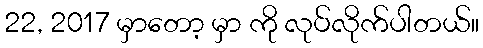
22, 2017 မှာတော့ မှာ ကို လုပ်လိုက်ပါတယ်။